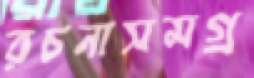
রচনাসমগ্র